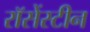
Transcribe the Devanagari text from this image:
रॉसेंस्टीन